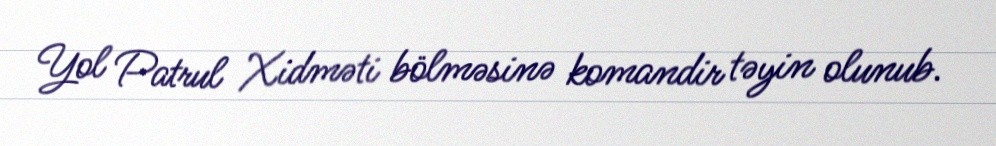
Yol Patrul Xidməti bölməsinə komandir təyin olunub.